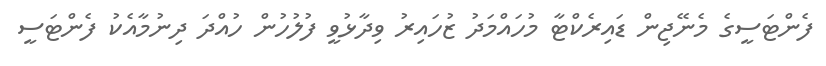
ފެންޓަސީގެ މެނޭޖިން ޑައިރެކްޓާ މުހައްމަދު ޒުހައިރު ވިދާޅުވީ ފުލުހުން ހުއްދަ ދިނުމާއެކު ފެންޓަސީ